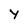
Character: Y